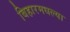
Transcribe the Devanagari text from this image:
बिहारमधल्या